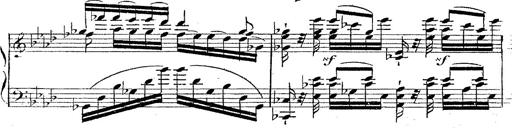
Title: 12 Lieder von Franz Schubert
Composer: Franz Liszt